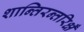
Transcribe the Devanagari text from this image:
शान्तिरन्तरिक्षँ